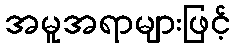
အမူအရာများဖြင့်